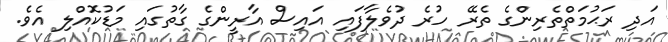
އަދި ރަޙުމަތްތެރިންގެ ތެރޭ ހުރެ ދުވެލާފައި އައިސް އާރީންގެ ގާތުގައި މަޑުކޮއްލި އެވެ.